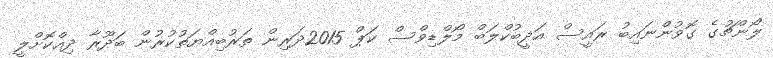
ލޯންޗުގެ ގޮވުންނައިބު ރައީސް އަދީބުކްލަބް މޯލްޑިވްސް ކަޕް 2015ދަރިން ތަރުބިއްޔަތުކުރުން ބަދޫރާ ދިއްކޮށްލީ